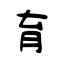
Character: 育